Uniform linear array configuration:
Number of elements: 32
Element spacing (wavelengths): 1
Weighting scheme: exponential
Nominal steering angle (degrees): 0
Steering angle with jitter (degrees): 0.766
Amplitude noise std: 0.05
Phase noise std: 0.05

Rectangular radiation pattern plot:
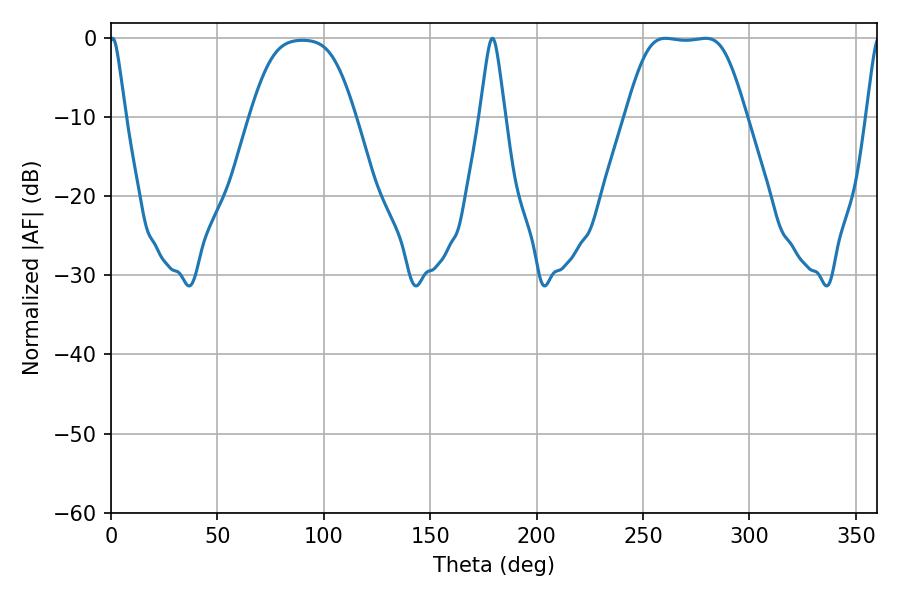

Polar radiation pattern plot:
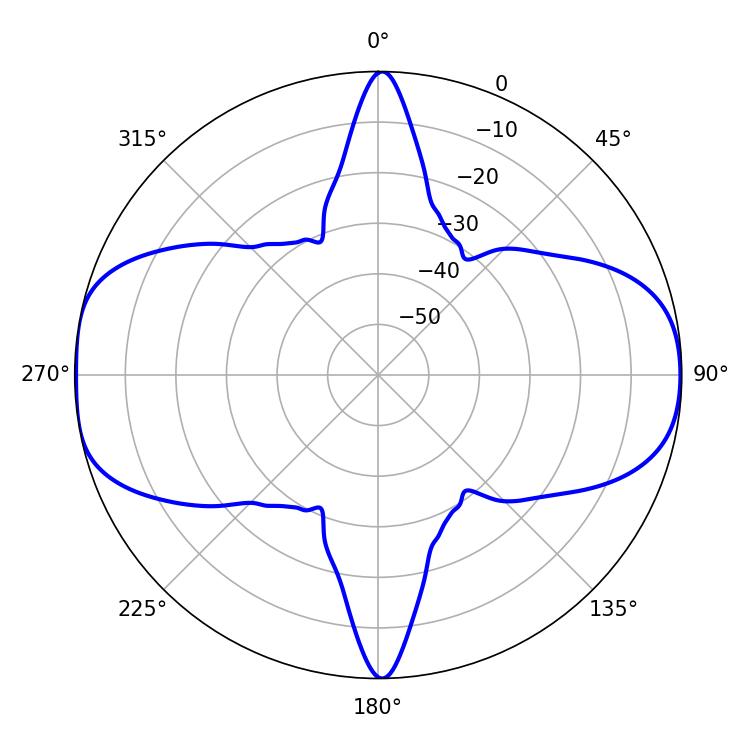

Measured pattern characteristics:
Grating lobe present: TRUE
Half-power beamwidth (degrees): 41.04
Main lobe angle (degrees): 260.64